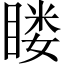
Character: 䁖